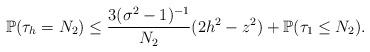
LaTeX: \begin{align*}\mathbb{P}(\tau_h=N_2)\leq \frac{3(\sigma^2-1)^{-1}}{N_2}(2h^2-z^2)+\mathbb{P}(\tau_1\leq N_2).\end{align*}